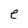
Character: e